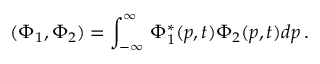
( \Phi _ { 1 } , \Phi _ { 2 } ) = \int _ { - \infty } ^ { \infty } \, \Phi _ { 1 } ^ { * } ( p , t ) \Phi _ { 2 } ( p , t ) d p \, .